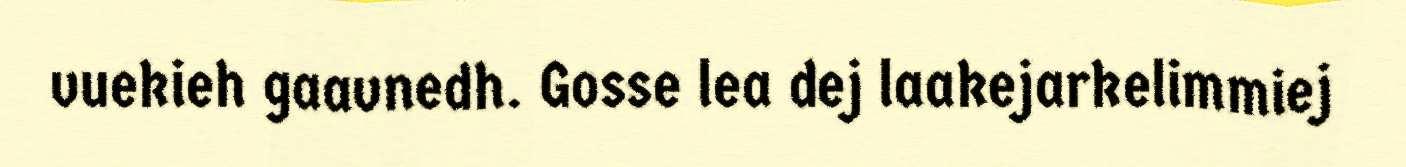
vuekieh gaavnedh. Gosse lea dej laakejarkelimmiej